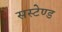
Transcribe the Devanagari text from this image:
सस्टेण्ड